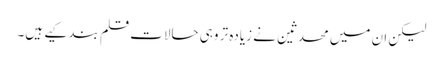
لیکن ان میں محدثین نے زیادہ تر وہی حالات قلم بند کیے ہیں۔